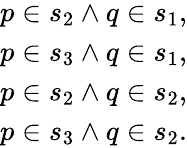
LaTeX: \begin{array}{l}{p\in s_{2}\wedge q\in s_{1},}\\ {p\in s_{3}\wedge q\in s_{1},}\\ {p\in s_{2}\wedge q\in s_{2},}\\ {p\in s_{3}\wedge q\in s_{2}.}\end{array}